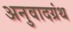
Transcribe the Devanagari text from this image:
अनुवादग्रंथ